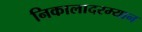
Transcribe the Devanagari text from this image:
निकालादरम्यान